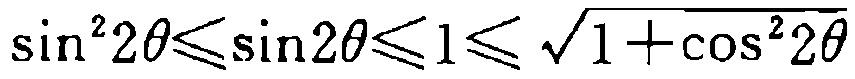
\(\sin^{2}2\theta\leqslant\sin2\theta\leqslant1\leqslant\sqrt{1 + \cos^{2}2\theta}\)